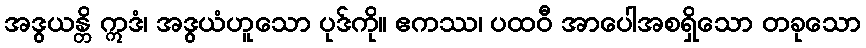
အဒွယန္တိ ဣဒံ၊ အဒွယံဟူသော ပုဒ်ကို။ ဧကဿ၊ ပထဝီ အာပေါအစရှိသော တခုသော